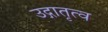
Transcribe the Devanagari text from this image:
उद्गातृत्व